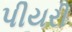
પીયરી